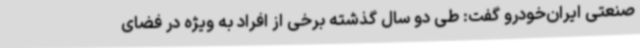
صنعتی ایران‌خودرو گفت: طی دو سال گذشته برخی از افراد به ویژه در فضای